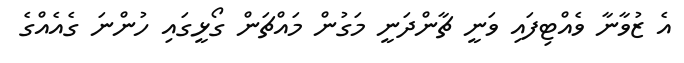
އެ ޒުވާނާ ވެއްޓިފައި ވަނީ ޗާންދަނީ މަގުން މައްޗަން ގޯޅީގައި ހުންނަ ގެއެއްގެ